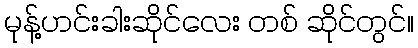
မုန့်ဟင်းခါးဆိုင်လေး တစ် ဆိုင်တွင်။